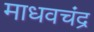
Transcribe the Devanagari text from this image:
माधवचंद्र